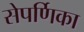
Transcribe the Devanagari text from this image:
सेपर्णिका